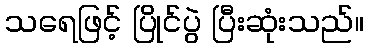
သရေဖြင့် ပြိုင်ပွဲ ပြီးဆုံးသည်။